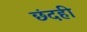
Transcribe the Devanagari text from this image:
छंदही